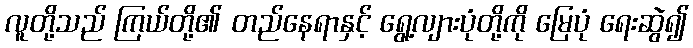
လူတို့သည် ကြယ်တို့၏ တည်နေရာနှင့် ရွေ့လျားပုံတို့ကို မြေပုံ ရေးဆွဲ၍